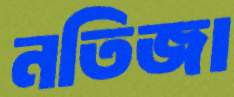
নতিজা